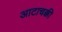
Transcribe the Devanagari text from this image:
आटाचक्की